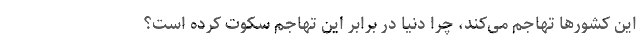
این کشورها تهاجم می‌کند، چرا دنیا در برابر این تهاجم سکوت کرده است؟